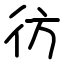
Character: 彷